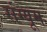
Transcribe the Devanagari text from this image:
संग्यूम